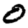
Digit: 0